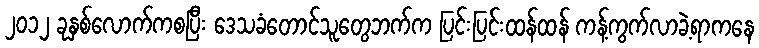
၂၀၁၂ ခုနှစ်လောက်ကစပြီး ဒေသခံတောင်သူတွေဘက်က ပြင်းပြင်းထန်ထန် ကန့်ကွက်လာခဲ့ရာကနေ